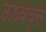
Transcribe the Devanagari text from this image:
ऊध्र्ववृत्त